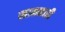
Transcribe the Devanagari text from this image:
खानकाही